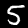
Label: 5